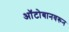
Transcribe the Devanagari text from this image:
ऑटोबानवरून